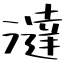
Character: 澾